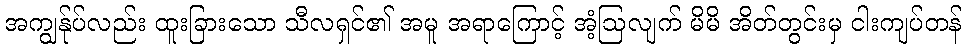
အကျွန်ုပ်လည်း ထူးခြားသော သီလရှင်၏ အမူ အရာကြောင့် အံ့ဩလျက် မိမိ အိတ်တွင်းမှ ငါးကျပ်တန်